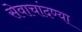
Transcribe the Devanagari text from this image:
सेवाचांदण्या